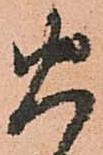
火